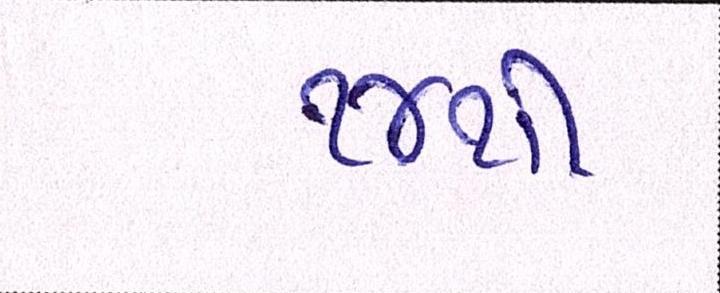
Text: ૧૪થી